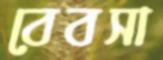
বেবসা